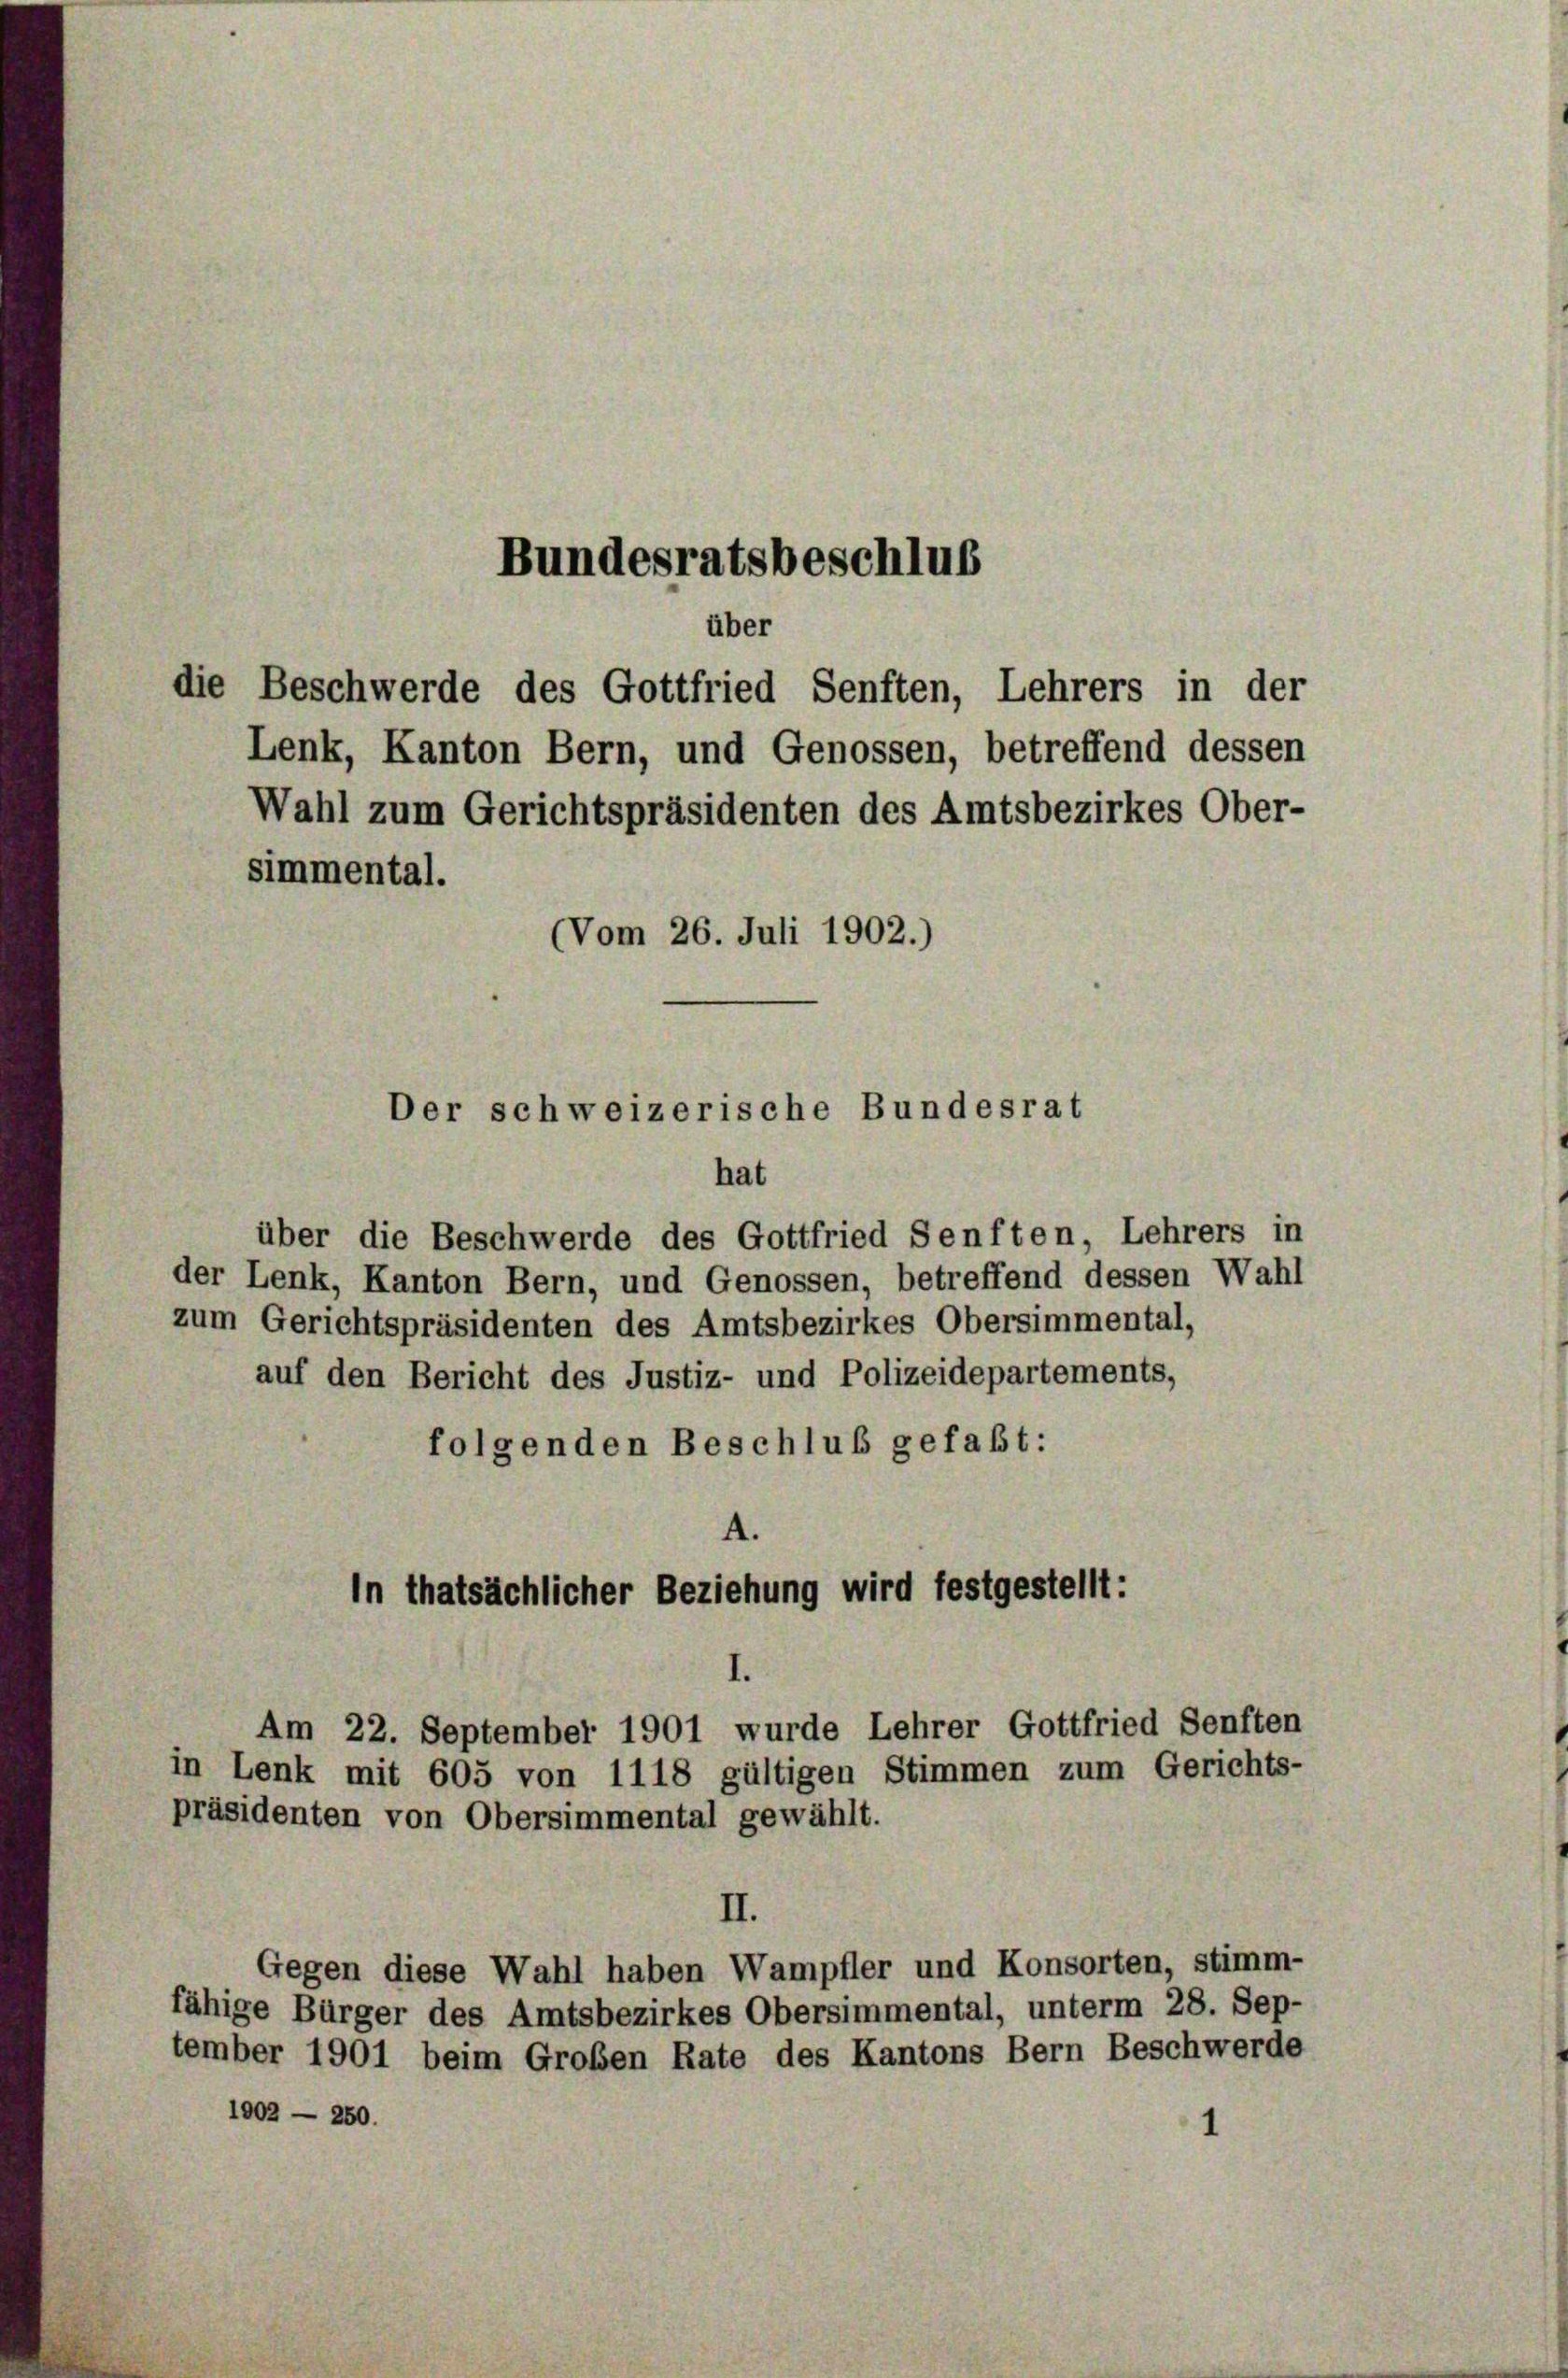
Bundesratsbeschlus

über
die Beschwerde des Gottfried Senften, Lehrers in der
Lenk, Kanton Bern, und Genossen, betreffend dessen
Wahl zum Gerichtspräsidenten des Amtsbezirkes Ober-

simmental.
(Vom 26. Juli 1902.)
Der schweizerische Bundesrat

hat
über die Beschwerde des Gottfried Senften, Lehrers in
der Lenk, Kanton Bern, und Genossen, betreffend dessen Wahl
zum Gerichtspräsidenten des Amtsbezirkes Obersimmental,
auf den Bericht des Justiz- und Polizeidepartements,
folgenden Beschluß gefaßt:
A.
In thatsächlicher Beziehung wird festgestellt:

Am 22. September 1901 wurde Lehrer Gottfried Senften
in Lenk mit 605 von 1118 gültigen Stimmen zum Gerichts-

1

präsidenten von Obersimmental gewählt.
II.
Gegen diese Wahl haben Wampfler und Konsorten, stimm-
fähige Bürger des Amtsbezirkes Obersimmental, unterm 28. Sep-
tember 1901 beim Großen Rate des Kantons Bern Beschwerde
1002 — 250.